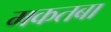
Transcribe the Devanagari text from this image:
मकतबा